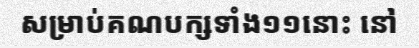
សម្រាប់គណបក្សទាំង១១នោះ នៅ